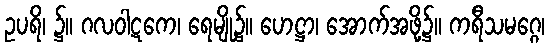
ဥပရိ၊ ၌။ ဂလဝါဋကေ၊ ရေမျို၌။ ဟေဋ္ဌာ၊ အောက်အဖို့၌။ ကရီသမဂ္ဂေ၊